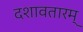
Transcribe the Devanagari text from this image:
दशावतारम्‌